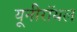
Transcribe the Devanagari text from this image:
यूनीरॉयल